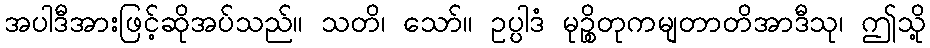
အပါဒီအားဖြင့်ဆိုအပ်သည်။ သတိ၊ သော်။ ဥပ္ပါဒံ မုဉ္စိတုကမျတာတိအာဒီသု၊ ဤသို့